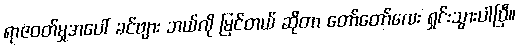
ရာဇဝတ်မှုအပေါ် ခင်ဗျား ဘယ်လို မြင်တယ် ဆိုတာ တော်တော်လေး ရှင်းသွားပါပြီ။